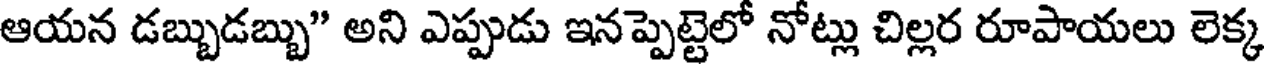
ఆయన డబ్బుడబ్బు" అని ఎప్పుడు ఇనప్పెట్టెలో నోట్లు చిల్లర రూపాయలు లెక్క